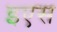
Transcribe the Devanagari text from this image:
इएस